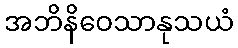
အဘိနိဝေသာနုသယံ